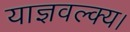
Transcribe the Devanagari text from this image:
याज्ञवल्क्य।